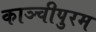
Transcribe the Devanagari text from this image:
काञ्चीपुरम